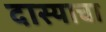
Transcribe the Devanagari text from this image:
दास्याचा